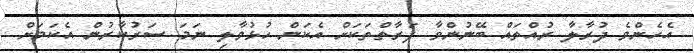
އެހެންވެ ދުރާލާ ރުއްތައް ބޭނުންވާ ފަރާތްތަކަށް އެކަން ހުޅުވާލި ނަމަ ސަރުކާރުން އެކަމަށް